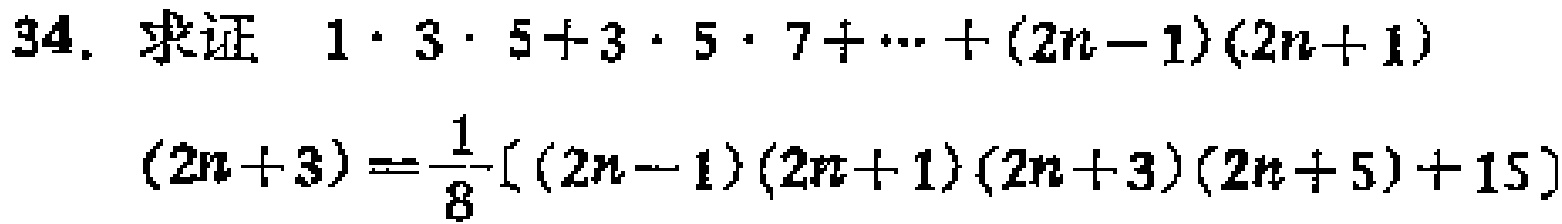
求证 \(1\cdot3\cdot5 + 3\cdot5\cdot7+\cdots+(2n - 1)(2n + 1)(2n + 3)=\frac{1}{8}[(2n - 1)(2n + 1)(2n + 3)(2n + 5)+15]\)